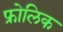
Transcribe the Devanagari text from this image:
फ्रोलिक